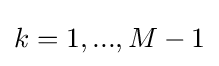
k=1,...,M-1